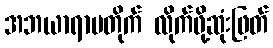
အဘယာရာမတိုက် လိုက်ဖို့ဆုံးဖြတ်